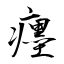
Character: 癦